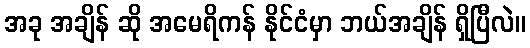
အခု အချိန် ဆို အမေရိကန် နိုင်ငံမှာ ဘယ်အချိန် ရှိပြီလဲ။